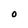
Character: 0